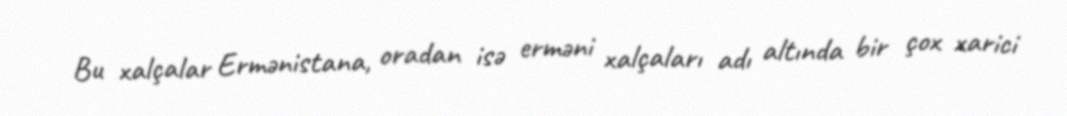
Bu xalçalar Ermənistana, oradan isə erməni xalçaları adı altında bir çox xarici